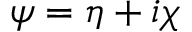
\psi = \eta + i \chi